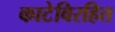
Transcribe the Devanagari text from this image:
काटेविरहित